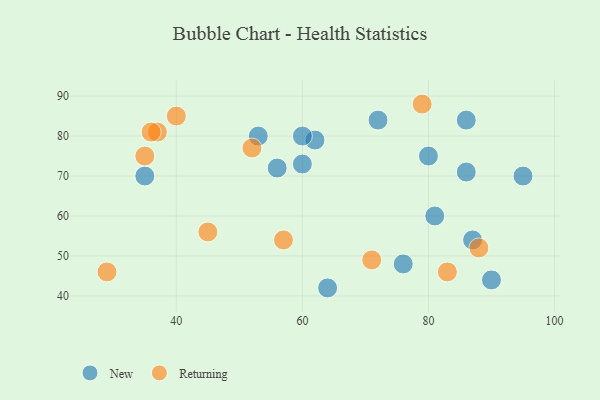
{"axis": {"x": "GDP", "y": "Life Expectancy"}, "legend": ["New", "Returning"], "data": [{"x": "72", "y": 84, "type": "New"}, {"x": "86", "y": 71, "type": "New"}, {"x": "62", "y": 79, "type": "New"}, {"x": "60", "y": 80, "type": "New"}, {"x": "81", "y": 60, "type": "New"}, {"x": "60", "y": 73, "type": "New"}, {"x": "56", "y": 72, "type": "New"}, {"x": "95", "y": 70, "type": "New"}, {"x": "64", "y": 42, "type": "New"}, {"x": "80", "y": 75, "type": "New"}, {"x": "87", "y": 54, "type": "New"}, {"x": "53", "y": 80, "type": "New"}, {"x": "90", "y": 44, "type": "New"}, {"x": "76", "y": 48, "type": "New"}, {"x": "86", "y": 84, "type": "New"}, {"x": "35", "y": 70, "type": "New"}, {"x": "71", "y": 49, "type": "Returning"}, {"x": "57", "y": 54, "type": "Returning"}, {"x": "45", "y": 56, "type": "Returning"}, {"x": "29", "y": 46, "type": "Returning"}, {"x": "37", "y": 81, "type": "Returning"}, {"x": "83", "y": 46, "type": "Returning"}, {"x": "36", "y": 81, "type": "Returning"}, {"x": "88", "y": 52, "type": "Returning"}, {"x": "79", "y": 88, "type": "Returning"}, {"x": "52", "y": 77, "type": "Returning"}, {"x": "35", "y": 75, "type": "Returning"}, {"x": "40", "y": 85, "type": "Returning"}]}